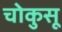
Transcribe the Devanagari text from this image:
चोकुसू